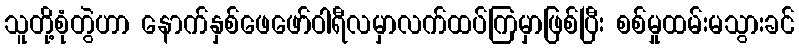
သူတို့စုံတွဲဟာ နောက်နှစ်ဖေဖော်ဝါရီလမှာလက်ထပ်ကြမှာဖြစ်ပြီး စစ်မှုထမ်းမသွားခင်